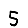
Digit: 5